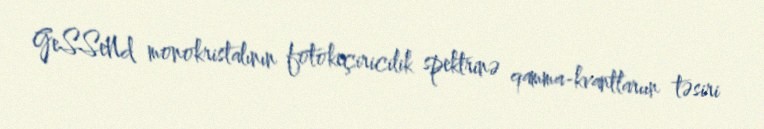
GeSSeNd monokristalının fotokeçiricilik spektrinə qamma-kvantlarıın təsiri